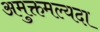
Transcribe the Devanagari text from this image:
अमुक्तमल्यदा